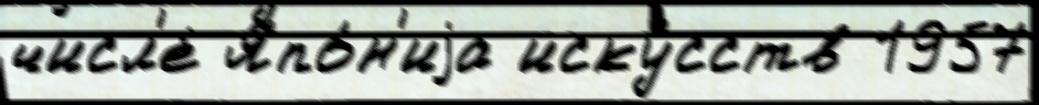
числ'е́ Япо́н'иjа иску́сств 1957